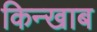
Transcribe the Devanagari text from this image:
किन्खाब